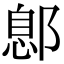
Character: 鄎